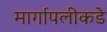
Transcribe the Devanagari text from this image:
मार्गापलीकडे